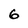
Character: 6